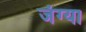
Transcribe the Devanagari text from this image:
जंग्या